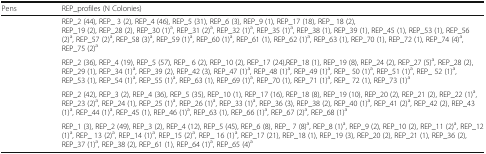
<table><thead><tr><td><b>Pens</b></td><td><b>REP_profiles (N Colonies)</b></td></tr></thead><tbody><tr><td>[EMPTY_CELL]</td><td>REP_2 (44), REP_ 3 (2), REP_4 (46), REP_5 (31), REP_6 (3), REP_9 (1), REP_17 (18), REP_ 18 (2),REP_19 (2), REP_28 (2), REP_30 (1)<sup>a</sup>, REP_31 (2)<sup>a</sup>, REP_32 (1)<sup>a</sup>, REP_35 (1)<sup>a</sup>, REP_38 (1), REP_39 (1), REP_45 (1), REP_53 (1), REP_56 (2)<sup>a</sup>, REP_57 (2)<sup>a</sup>, REP_58 (3)<sup>a</sup>, REP_59 (1)<sup>a</sup>, REP_60 (1)<sup>a</sup>, REP_61 (1), REP_62 (1)<sup>a</sup>, REP_63 (1), REP_70 (1), REP_72 (1), REP_74 (4)<sup>a</sup>, REP_75 (2)<sup>a</sup></td></tr><tr><td>[EMPTY_CELL]</td><td>REP_2 (36), REP_4 (19), REP_5 (57), REP_ 6 (2), REP_10 (2), REP_17 (24),REP_18 (1), REP_19 (8), REP_24 (2), REP_27 (5)<sup>a</sup>, REP_28 (2), REP_29 (1), REP_34 (1)<sup>a</sup>, REP_39 (2), REP_42 (3), REP_47 (1)<sup>a</sup>, REP_48 (1)<sup>a</sup>, REP_49 (1)<sup>a</sup>, REP_ 50 (1)<sup>a</sup>, REP_51 (1)<sup>a</sup>, REP_ 52 (1)<sup>a</sup>, REP_53 (1), REP_54 (1)<sup>a</sup>, REP_55 (1)<sup>a</sup>, REP_63 (1), REP_69 (1)<sup>a</sup>, REP_70 (1), REP_71 (1)<sup>a</sup>, REP_ 72 (1), REP_73 (1)<sup>a</sup></td></tr><tr><td>[EMPTY_CELL]</td><td>REP_2 (42), REP_3 (2), REP_4 (36), REP_5 (35), REP_10 (1), REP_17 (16), REP_18 (8), REP_19 (10), REP_20 (2), REP_21 (2), REP_22 (1)<sup>a</sup>, REP_23 (2)<sup>a</sup>, REP_24 (1), REP_25 (1)<sup>a</sup>, REP_26 (1)<sup>a</sup>, REP_33 (1)<sup>a</sup>, REP_36 (3), REP_38 (2), REP_40 (1)<sup>a</sup>, REP_41 (2)<sup>a</sup>, REP_42 (2), REP_43 (1)<sup>a</sup>, REP_44 (1)<sup>a</sup>, REP_45 (1), REP_46 (1)<sup>a</sup>, REP_63 (1), REP_66 (1)<sup>a</sup>, REP_67 (2)<sup>a</sup>, REP_68 (1)<sup>a</sup></td></tr><tr><td>[EMPTY_CELL]</td><td>REP_1 (3), REP_2 (49), REP_3 (2), REP_4 (12), REP_5 (45), REP_6 (8), REP_ 7 (8)<sup>a</sup>, REP_8 (1)<sup>a</sup>, REP_9 (2), REP_10 (2), REP_11 (2)<sup>a</sup>, REP_12 (1)<sup>a</sup>, REP_ 13 (2)<sup>a</sup>, REP_14 (1)<sup>a</sup>, REP_15 (2)<sup>a</sup>, REP_ 16 (1)<sup>a</sup>, REP_17 (21), REP_18 (1), REP_19 (3), REP_20 (2), REP_21 (1), REP_36 (2), REP_37 (1)<sup>a</sup>, REP_38 (2), REP_61 (1), REP_64 (1)<sup>a</sup>, REP_65 (4)<sup>a</sup></td></tr></tbody></table>